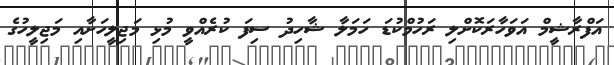
އަފްރާޝީމް އަވަހާރަކޮށްލި ރަހުމްކުޑަ ހަމަލާ ޝާހިދު ސިފަ ކުރެއްވީ މުޅި މަޖިލީހަށާއި މަޖިލީހުގެ